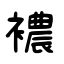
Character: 襛